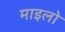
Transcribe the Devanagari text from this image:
माइलो